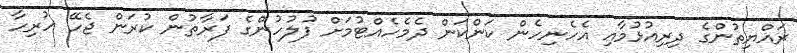
ރައްޔިތުންގެ ދިރިއުޅުމާއި އެހެނިހެން ކަންކަން ދެމެހެއްޓުމަށް ފުލުހުންގެ ފަރާތުން ކުރަން ޖެހޭ ހުރިހާ